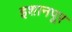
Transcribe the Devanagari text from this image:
इशानपूर